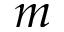
m